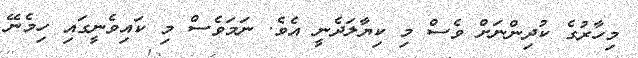
މިހާރުގެ ކުދިންނަށް ވެސް މި ކިޔާލަދެނީ އެވެ. ނަމަވެސް މި ކައިވެނީގައި ހިމެނޭ